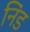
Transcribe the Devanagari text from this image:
निंड